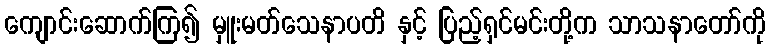
ကျောင်းဆောက်ကြ၍ မှူးမတ်သေနာပတိ နှင့် ပြည့်ရှင်မင်းတို့က သာသနာတော်ကို